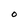
Character: O